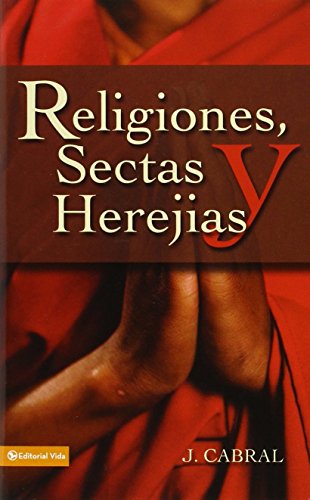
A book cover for Religiones, sectas y herejÃ­as; J. Cabral; Religion & Spirituality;